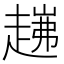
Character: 𧼗